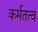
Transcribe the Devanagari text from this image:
कर्मतत्व